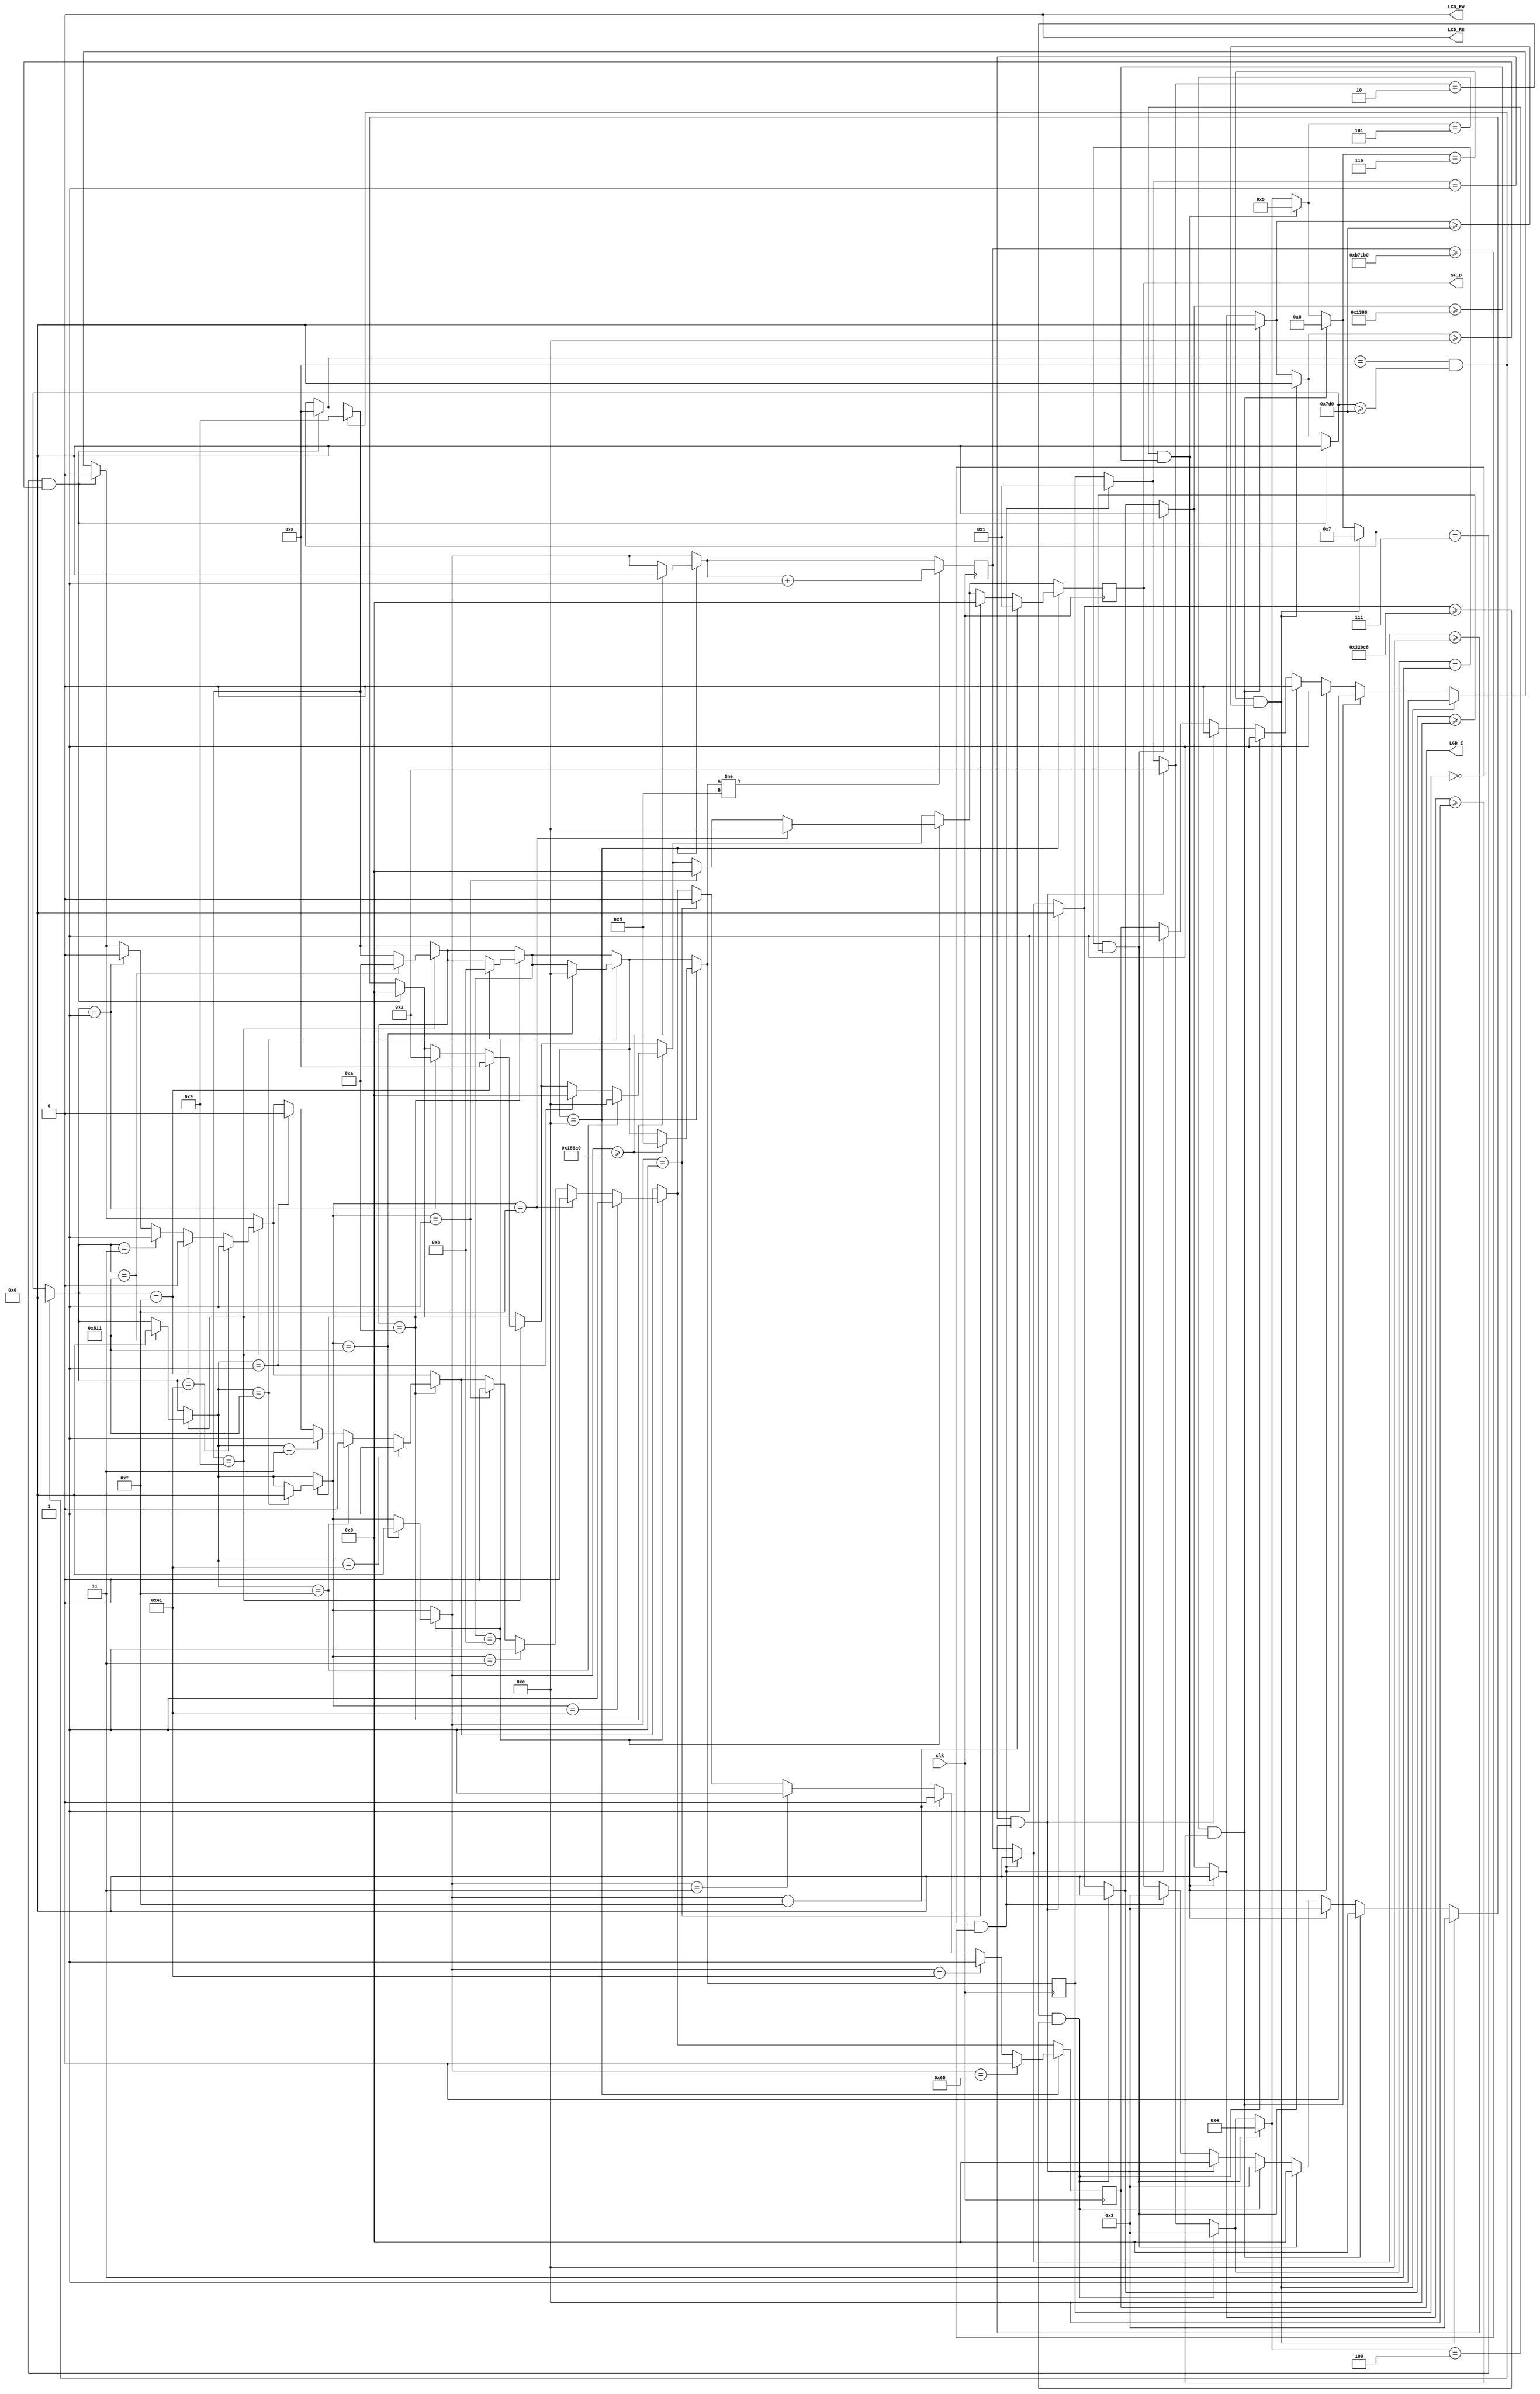
module lcd_init(
    input clk,
	 output reg [11:8] SF_D,
	 output reg LCD_E,
	 output reg LCD_RS,
	 output reg LCD_RW
);

reg [3:0] init_stage_counter;
reg [19:0] init_counter;

parameter cinit = 750000;
parameter cp = 12;
parameter c4p1ms = 205000;
parameter c100us = 5000;
parameter c40us = 2000;

initial
begin
	init_counter = 0;
	init_stage_counter = 0;
	SF_D = 0;
	LCD_E = 0;
	LCD_RS = 0;
	LCD_RW = 0;
end

// Power on init
always @(posedge clk)
begin
	if(init_stage_counter==0 && init_counter>=cinit)
		begin
			init_stage_counter = 1;
			init_counter = 0;
			SF_D = 4'h3;
			LCD_E = 1;
		end
	if(init_stage_counter==1 && init_counter>=cp)
		begin
			init_stage_counter = 2;
			init_counter = 0;
			SF_D = 4'h0;
			LCD_E = 0;
		end
	if(init_stage_counter==2 && init_counter>=c4p1ms)
		begin
			init_stage_counter = 3;
			init_counter = 0;
			SF_D = 4'h3;
			LCD_E = 1;
		end
	if(init_stage_counter==3 && init_counter>=cp)
		begin
			init_stage_counter = 4;
			init_counter = 0;
			SF_D = 4'h0;
			LCD_E = 0;
		end
	if(init_stage_counter==4 && init_counter>=c100us)
		begin
			init_stage_counter = 5;
			init_counter = 0;
			SF_D = 4'h3;
			LCD_E = 1;
		end
	if(init_stage_counter==5 && init_counter>=cp)
		begin
			init_stage_counter = 6;
			init_counter = 0;
			SF_D = 4'h0;
			LCD_E = 0;
		end
	if(init_stage_counter==6 && init_counter>=c40us)
		begin
			init_stage_counter = 7;
			init_counter = 0;
			LCD_E = 1;
			SF_D = 4'h3;
		end
	if(init_stage_counter==7 && init_counter>=cp)
		begin
			init_stage_counter = 8;
			init_counter = 0;
			SF_D = 4'h0;
			LCD_E = 0;
		end
	if(init_stage_counter==8 && init_counter>=c40us)
		begin
			init_stage_counter = 9;
			init_counter = 0;
		end
	
	// Configure display
	if(init_stage_counter==9)
		begin
			if(init_counter==1)
				begin
					LCD_E = 0;
					SF_D = 4'b0010;
				end
			if(init_counter==3)
				begin
					LCD_E = 1;
				end
			if(init_counter==15)
				begin
					LCD_E = 0;
					SF_D = 4'b1000;
				end
			if(init_counter==65)
				begin
					LCD_E = 1;
				end
			if(init_counter==2065)
				begin
					init_counter = 0;
					init_stage_counter = 10;
				end
		end
	
	// Entry mode
	if(init_stage_counter==10)
		begin
			if(init_counter==1)
				begin
					LCD_E = 0;
					SF_D = 4'b0000;
				end
			if(init_counter==3)
				begin
					LCD_E = 1;
				end
			if(init_counter==15)
				begin
					LCD_E = 0;
					SF_D = 4'hC;
				end
			if(init_counter==65)
				begin
					LCD_E = 1;
				end
			if(init_counter==2065)
				begin
					init_counter = 0;
					init_stage_counter = 11;
				end
		end
	
	// Display on/off
	if(init_stage_counter==11)
		begin
			if(init_counter==1)
				begin
					LCD_E = 0;
					SF_D = 4'b0000;
				end
			if(init_counter==3)
				begin
					LCD_E = 1;
				end
			if(init_counter==15)
				begin
					LCD_E = 0;
					SF_D = 4'hC;
				end
			if(init_counter==65)
				begin
					LCD_E = 1;
				end
			if(init_counter==2065)
				begin
					init_counter = 0;
					init_stage_counter = 12;
				end
		end
	
	//Clear Display
	if(init_stage_counter==12)
		begin
			if(init_counter==1)
				begin
					LCD_E = 0;
					SF_D = 4'b0000;
				end
			if(init_counter==3)
				begin
					LCD_E = 1;
				end
			if(init_counter==15)
				begin
					LCD_E = 0;
					SF_D = 4'b0001;
				end
			if(init_counter==65)
				begin
					LCD_E = 1;
				end
			if(init_counter==101)
				begin
					LCD_E = 0;
				end
			if(init_counter>=100000)
				begin
					init_counter = 0;
					init_stage_counter = 13;
					DONE = 1;
				end
		end
	
	if(init_stage_counter!=13)
		begin
			init_counter = init_counter + 1;
		end
	
end
endmodule